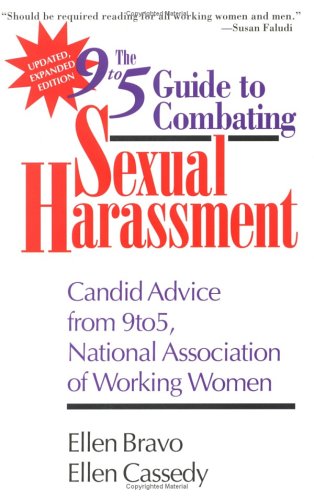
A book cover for The Updated and Expanded 9to5 Guide to Combating Sexual Harassment : Candid Advice from 9to5, the National Association of Working Women; Ellen Bravo; Law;